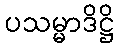
ပသမ္မာဒိဋ္ဌိ